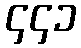
၄၄၁